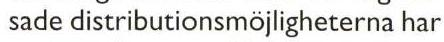
 sade distributionsmöjligheterna har